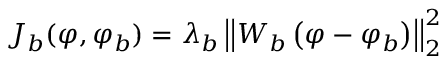
J _ { b } ( \varphi , \varphi _ { b } ) = \lambda _ { b } \left| \left| W _ { b } \left( \varphi - \varphi _ { b } \right) \right| \right| _ { 2 } ^ { 2 }